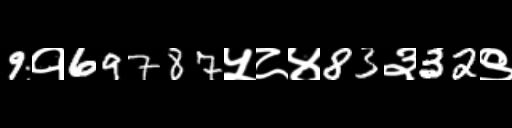
Text: 9१69787५८४83३32९